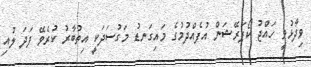
ވިދާޅުވީ ހައްޖު ކޯޕަރޭޝަން އުފެއްދުމުގެ މައިގަނޑު މަގުސަދަކީ އިތުބާރު ކުރެވޭ ފަދަ ލުއި